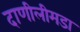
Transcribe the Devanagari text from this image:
दाणीलीमडा